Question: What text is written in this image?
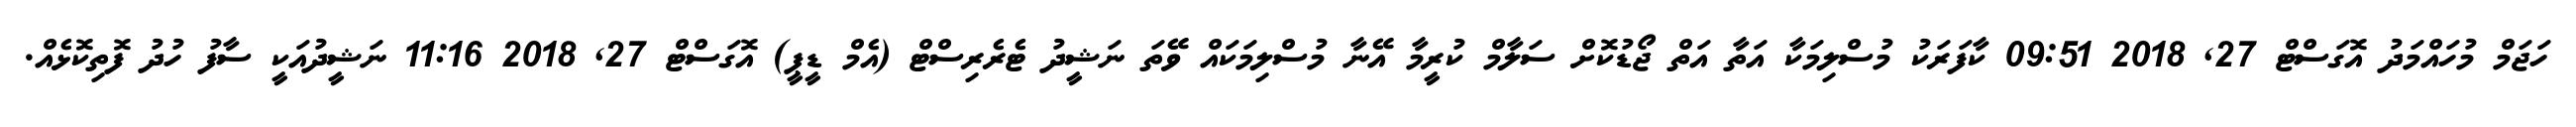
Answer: ހަޖަމް މުހައްމަދު އޮގަސްޓް 27, 2018 09:51 ކާފަރަކު މުސްލިމަކާ އަތާ އަތް ޖޯޑުކޮށް ސަލާމް ކުރީމާ އޭނާ މުސްލިމަކައް ވޭތަ ނަޝީދު ޓެރެރިސްޓް (އެމް ޑީޕީ) އޮގަސްޓް 27, 2018 11:16 ނަޝީދުއަކީ ސާފު ހުދު ފޮތިކޮޅެއް.